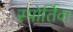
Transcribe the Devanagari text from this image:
स्पोर्तिवा